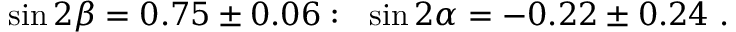
\sin 2 \beta = 0 . 7 5 \pm 0 . 0 6 : ~ ~ \sin 2 \alpha = - 0 . 2 2 \pm 0 . 2 4 ~ .